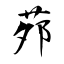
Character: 茒